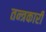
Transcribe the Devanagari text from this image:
तन्त्रकारी